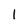
Character: 1